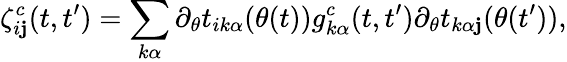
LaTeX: \zeta_{i\mathbf{j}}^{c}(t,t^{\prime})=\sum_{k\alpha}\partial_{\theta}t_{ik\alpha}(\theta(t))g_{k\alpha}^{c}(t,t^{\prime})\partial_{\theta}t_{k\alpha\mathbf{j}}(\theta(t^{\prime})),